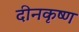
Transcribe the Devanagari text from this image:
दीनकृष्ण